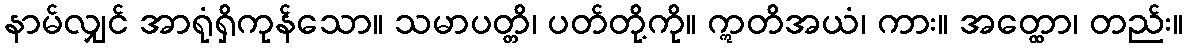
နာမ်လျှင် အာရုံရှိကုန်သော။ သမာပတ္တိ၊ ပတ်တို့ကို။ ဣတိအယံ၊ ကား။ အတ္ထော၊ တည်း။